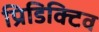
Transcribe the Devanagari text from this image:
प्रिडिक्टिव